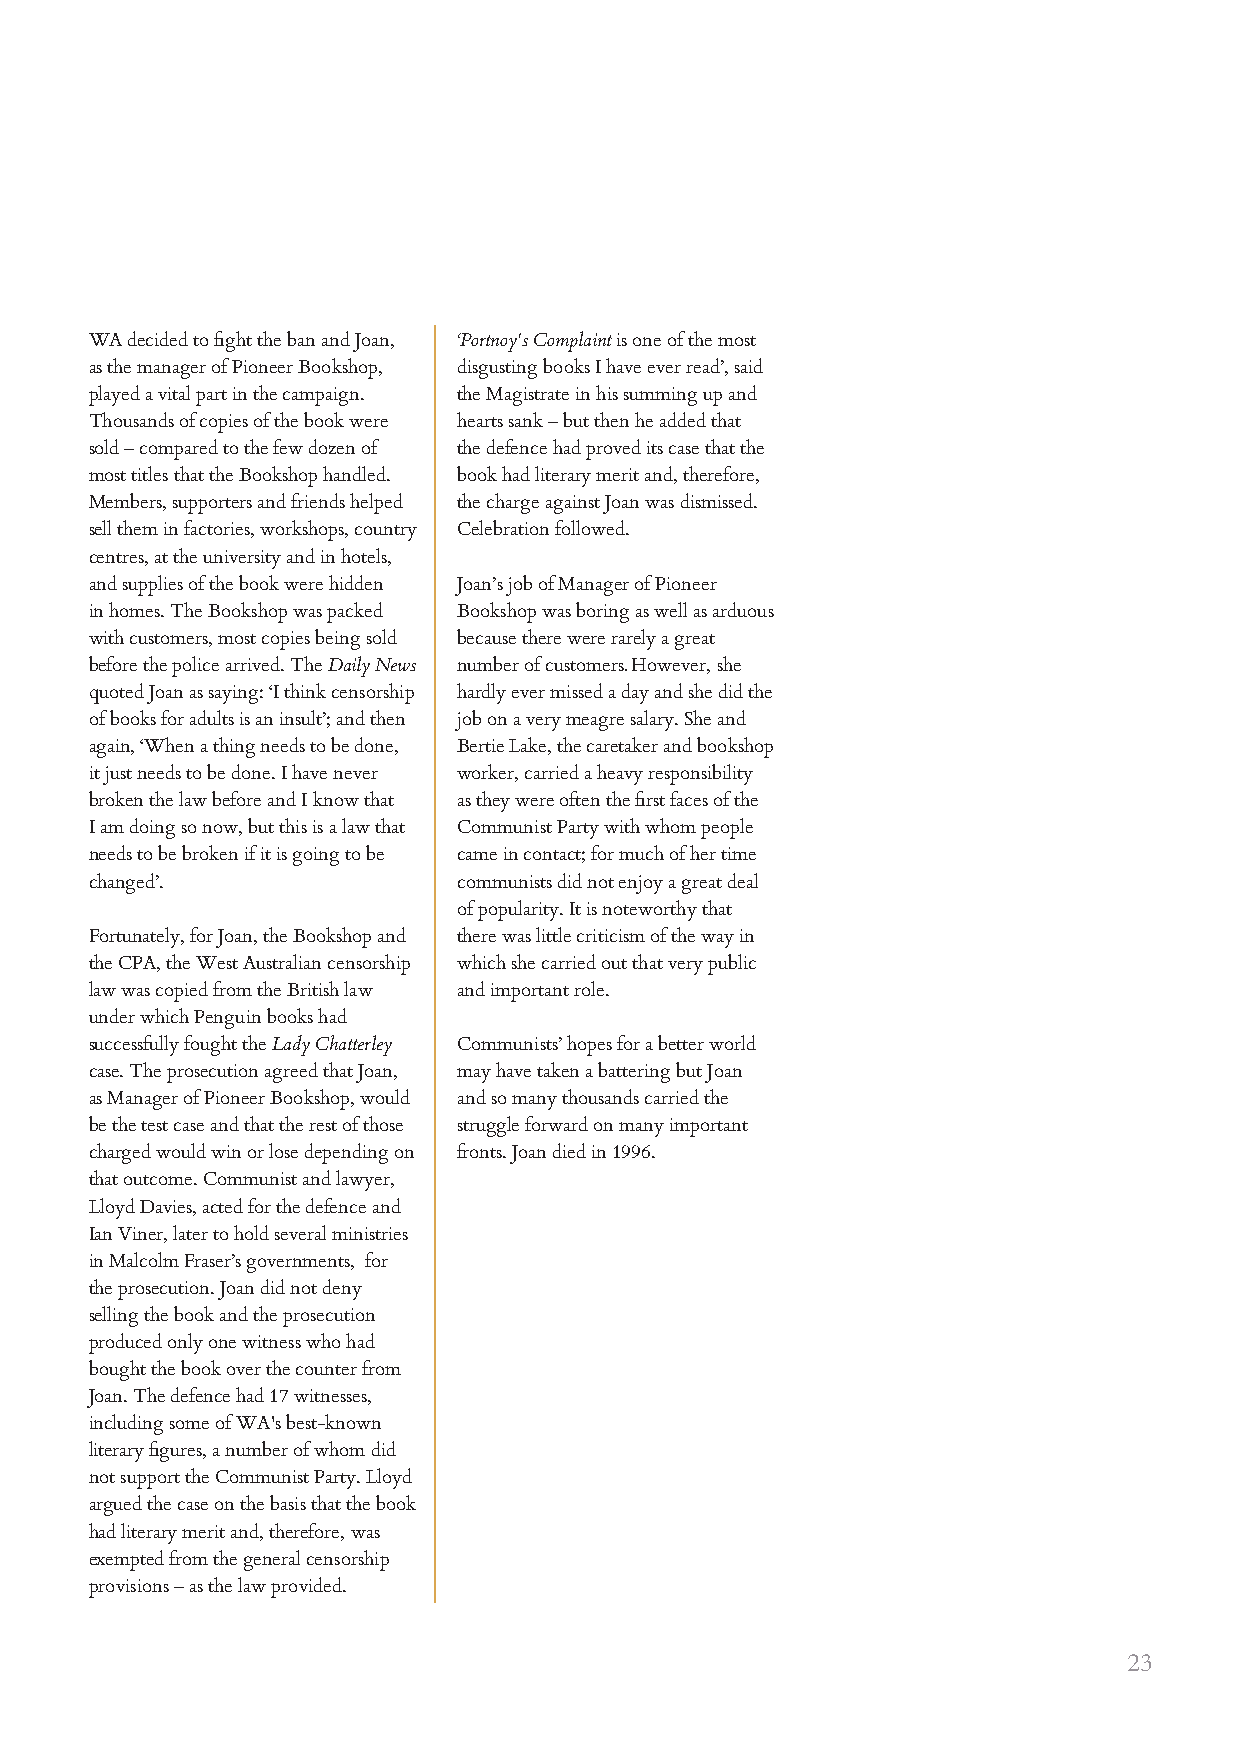
WA decided to fight the ban and Joan, ‘Portnoy's Complaint is one of the most
 as the manager of Pioneer Bookshop, disgusting books I have ever read’, said
 played a vital part in the campaign. the Magistrate in his summing up and
 Thousands of copies of the book were hearts sank – but then he added that
 sold – compared to the few dozen of the defence had proved its case that the
 most titles that the Bookshop handled. book had literary merit and, therefore,
 Members, supporters and friends helped the charge against Joan was dismissed.
 sell them in factories, workshops, country Celebration followed.
 centres, at the university and in hotels,
 and supplies of the book were hidden Joan’s job of Manager of Pioneer
 in homes. The Bookshop was packed Bookshop was boring as well as arduous
 with customers, most copies being sold because there were rarely a great
 before the police arrived. The Daily News number of customers. However, she
 quoted Joan as saying: ‘I think censorship hardly ever missed a day and she did the
 of books for adults is an insult’; and then job on a very meagre salary. She and
 again, ‘When a thing needs to be done, Bertie Lake, the caretaker and bookshop
 it just needs to be done. I have never worker, carried a heavy responsibility
 broken the law before and I know that as they were often the first faces of the
 I am doing so now, but this is a law that Communist Party with whom people
 needs to be broken if it is going to be came in contact; for much of her time
 changed’.               communists did not enjoy a great deal
 of popularity. It is noteworthy that
 Fortunately, for Joan, the Bookshop and there was little criticism of the way in
 the CPA, the West Australian censorship which she carried out that very public
 law was copied from the British law and important role.
 under which Penguin books had
 successfully fought the Lady Chatterley Communists’ hopes for a better world
 case. The prosecution agreed that Joan, may have taken a battering but Joan
 as Manager of Pioneer Bookshop, would and so many thousands carried the
 be the test case and that the rest of those struggle forward on many important
 charged would win or lose depending on fronts. Joan died in 1996.
 that outcome. Communist and lawyer,
 Lloyd Davies, acted for the defence and
 Ian Viner, later to hold several ministries
 in Malcolm Fraser’s governments, for
 the prosecution. Joan did not deny
 selling the book and the prosecution
 produced only one witness who had
 bought the book over the counter from
 Joan. The defence had 17 witnesses,
 including some of WA's best-known
 literary figures, a number of whom did
 not support the Communist Party. Lloyd
 argued the case on the basis that the book
 had literary merit and, therefore, was
 exempted from the general censorship
 provisions – as the law provided.
 23